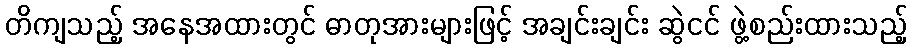
တိကျသည့် အနေအထားတွင် ဓာတုအားများဖြင့် အချင်းချင်း ဆွဲငင် ဖွဲ့စည်းထားသည့်